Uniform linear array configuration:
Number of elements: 32
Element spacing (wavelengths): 0.75
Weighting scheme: hamming
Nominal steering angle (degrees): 60
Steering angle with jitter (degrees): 59.77
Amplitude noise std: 0.05
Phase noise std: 0.05

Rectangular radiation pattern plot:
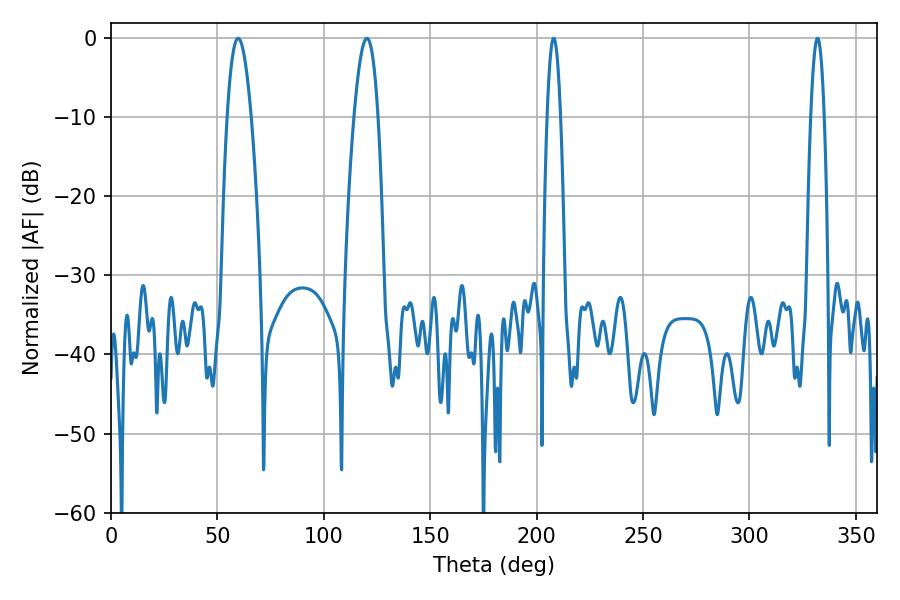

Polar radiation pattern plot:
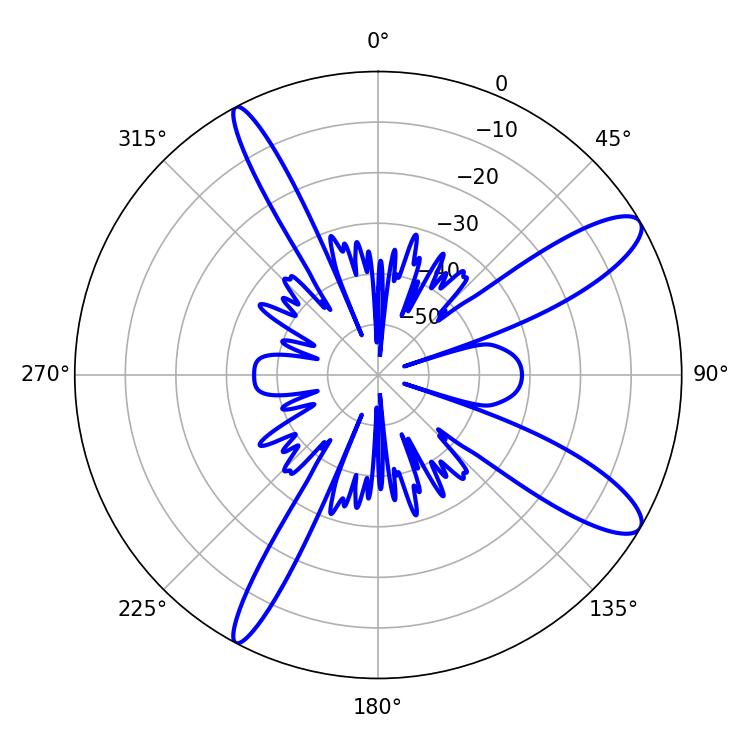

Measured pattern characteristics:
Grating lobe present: TRUE
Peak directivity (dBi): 11.542
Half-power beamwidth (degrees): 6.12
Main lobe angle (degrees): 59.76